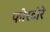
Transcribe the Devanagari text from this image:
फोरटोरे